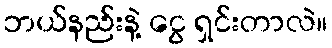
ဘယ်နည်းနဲ့ ငွေ ရှင်းတာလဲ။